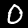
Label: 0